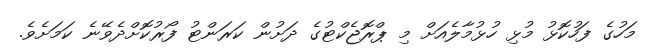
މަހުގެ ފަހުކޮޅު މުޅި ހުޅުމާލެއަށް މި ޕްރޮޖެކްޓުގެ ދަށުން ކަރަންޓު ފޯރުކޮށްދެވޭނެ ކަމަށެވެ.